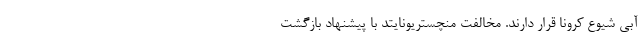
آبی شیوع کرونا قرار دارند. مخالفت منچستریونایتد با پیشنهاد بازگشت